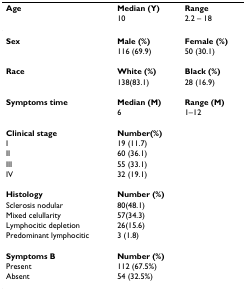
| Age | Median (Y) | Range |
 |  | 10 | 2.2 – 18 |
 | --- | --- | --- |
 | Sex | Male (%) | Female (%) |
 |  | 116 (69.9) | 50 (30.1) |
 | Race | White (%) | Black (%) |
 |  | 138(83.1) | 28 (16.9) |
 | Symptoms time | Median (M) | Range (M) |
 |  | 6 | 1–12 |
 | Clinical stage | Number(%) |  |
 | I | 19 (11.7) |  |
 | II | 60 (36.1) |  |
 | III | 55 (33.1) |  |
 | IV | 32 (19.1) |  |
 | Histology | Number (%) |  |
 | Sclerosis nodular | 80(48.1) |  |
 | Mixed celullarity | 57(34.3) |  |
 | Lymphocitic depletion | 26(15.6) |  |
 | Predominant lymphocitic | 3 (1.8) |  |
 | Symptoms B | Number (%) |  |
 | Present | 112 (67.5%) |  |
 | Absent | 54 (32.5%) |  |